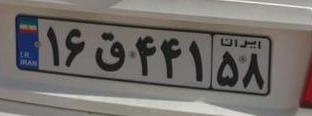
۱۶ق۴۴۱۵۸